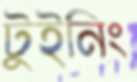
টুইনিং